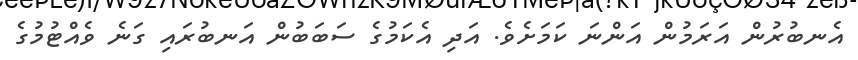
އެނބުރުން އަރަމުން އަންނަ ކަމަށެވެ. އަދި އެކަމުގެ ސަބަބުން އަނބުރައި ގަނެ ވެއްޓުމުގެ